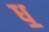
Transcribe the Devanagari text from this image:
ध़॒